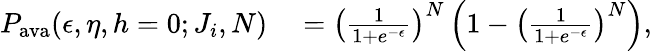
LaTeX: \begin{array}{rl}{P_{\textrm{ava}}(\epsilon,\eta,h=0;J_{i},N)}&{{}=\left(\frac{1}{1+e^{-\epsilon}}\right)^{N}\left(1-\left(\frac{1}{1+e^{-\epsilon}}\right)^{N}\right),}\end{array}